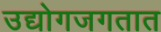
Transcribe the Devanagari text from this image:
उद्योगजगतात